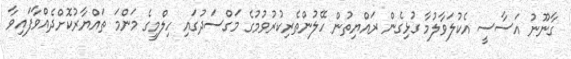
ގާނޫނު އަސާސީ އެކުލަވާލުމާ ގުޅިގެން ރައްޔިތުން ހޭލުންތެރިކުރުވުމުގެ މަގްސަދުގައި ހިލްމީގެ މަންމަ ތައްޔާރުކޮށްދެއްވާފައިވާ